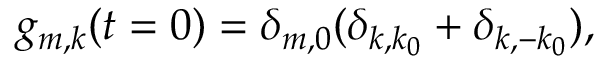
g _ { m , k } ( t = 0 ) = \delta _ { m , 0 } ( \delta _ { k , k _ { 0 } } + \delta _ { k , - k _ { 0 } } ) ,